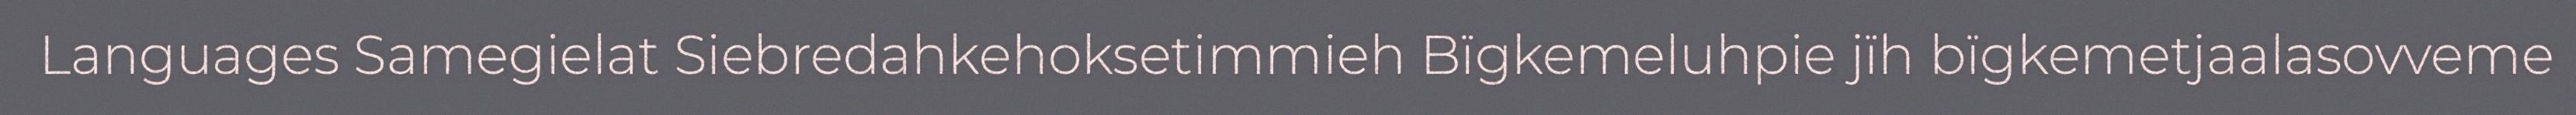
Languages Samegielat Siebredahkehoksetimmieh Bïgkemeluhpie jïh bïgkemetjaalasovveme